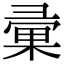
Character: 彚